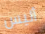
أليس